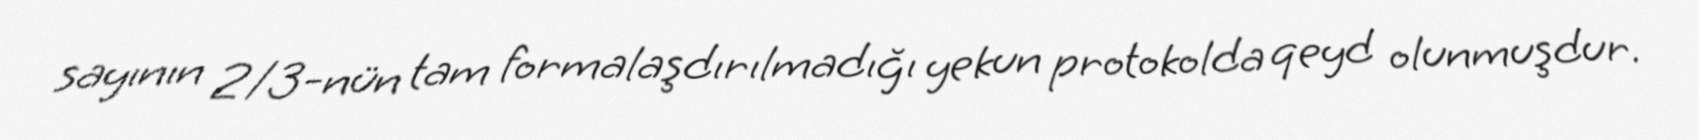
sayının 2/3-nün tam formalaşdırılmadığı yekun protokolda qeyd olunmuşdur.